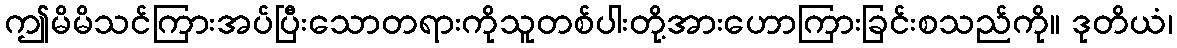
ဤမိမိသင်ကြားအပ်ပြီးသောတရားကိုသူတစ်ပါးတို့အားဟောကြားခြင်းစသည်ကို။ ဒုတိယံ၊